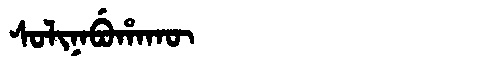
Manchu: ᠰᠣᠯᡳᠨᠠᠪᡠᡥᠠᡴᡡ
Romanization: SOLINABUHAKŪ